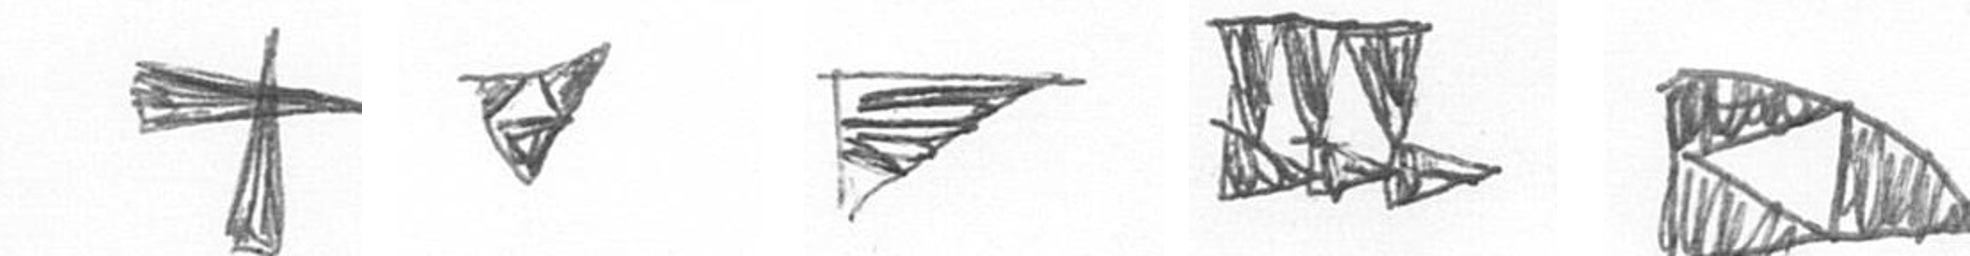
G S T D K